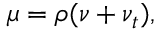
\mu = \rho ( \nu + \nu _ { t } ) ,